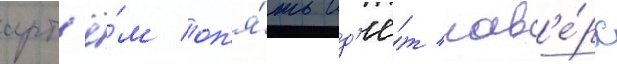
арт'ё́м оп'я́ть ид'ё́т нав'е́рх